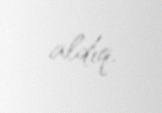
aldıq.